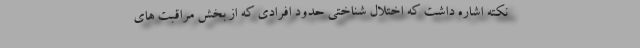
نکته اشاره داشت که اختلال شناختی حدود افرادی که از بخش مراقبت های